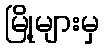
မြို့များမှ